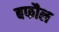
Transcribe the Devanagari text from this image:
बफौल